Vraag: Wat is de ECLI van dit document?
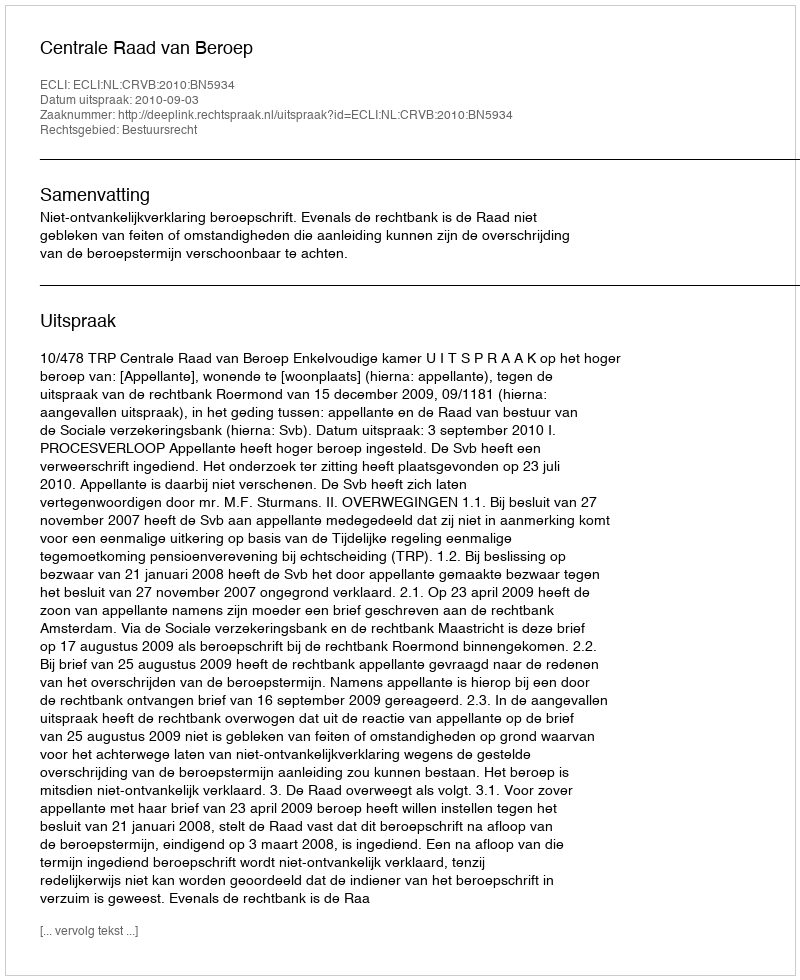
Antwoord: ECLI:NL:CRVB:2010:BN5934